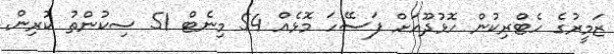
ޒަމީރުގެ ހެޓްރިކުން ހޮޅުދޫއަށް ފަސޭހަ މޮޅެއް 54 މިނެޓް 51 ސިކުންތު ކުރިން.